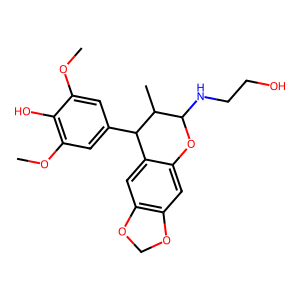
SMILES: COc1cc(C2c3cc4c(cc3OC(NCCO)C2C)OCO4)cc(OC)c1O
Inhibits HIV replication: No